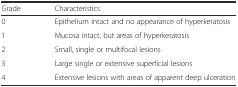
| Grade | Characteristics |
 | --- | --- |
 | 0 | Epithelium intact and no appearance of hyperkeratosis |
 | 1 | Mucosa intact, but areas of hyperkeratosis |
 | 2 | Small, single or multifocal lesions |
 | 3 | Large single or extensive superficial lesions |
 | 4 | Extensive lesions with areas of apparent deep ulceration |